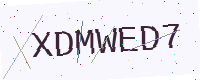
Text: XDMWED7